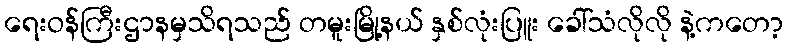
ရေးဝန်ကြီးဌာနမှသိရသည် တမူးမြို့နယ် နှစ်လုံးပြူး ခေါ်သံလိုလို နဲ့ကတော့